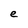
Character: e